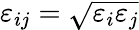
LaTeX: \varepsilon_{ij}=\sqrt{\varepsilon_{i}\varepsilon_{j}}